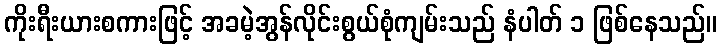
ကိုးရီးယားစကားဖြင့် အခမဲ့အွန်လိုင်းစွယ်စုံကျမ်းသည် နံပါတ် ၁ ဖြစ်နေသည်။